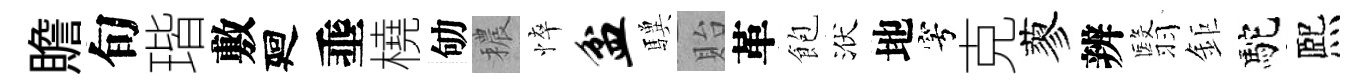
贍旬瑎敷廻埀橈劬穠悴盆驥貽革飽洑地穹克蓼辨翳鉅駝熈